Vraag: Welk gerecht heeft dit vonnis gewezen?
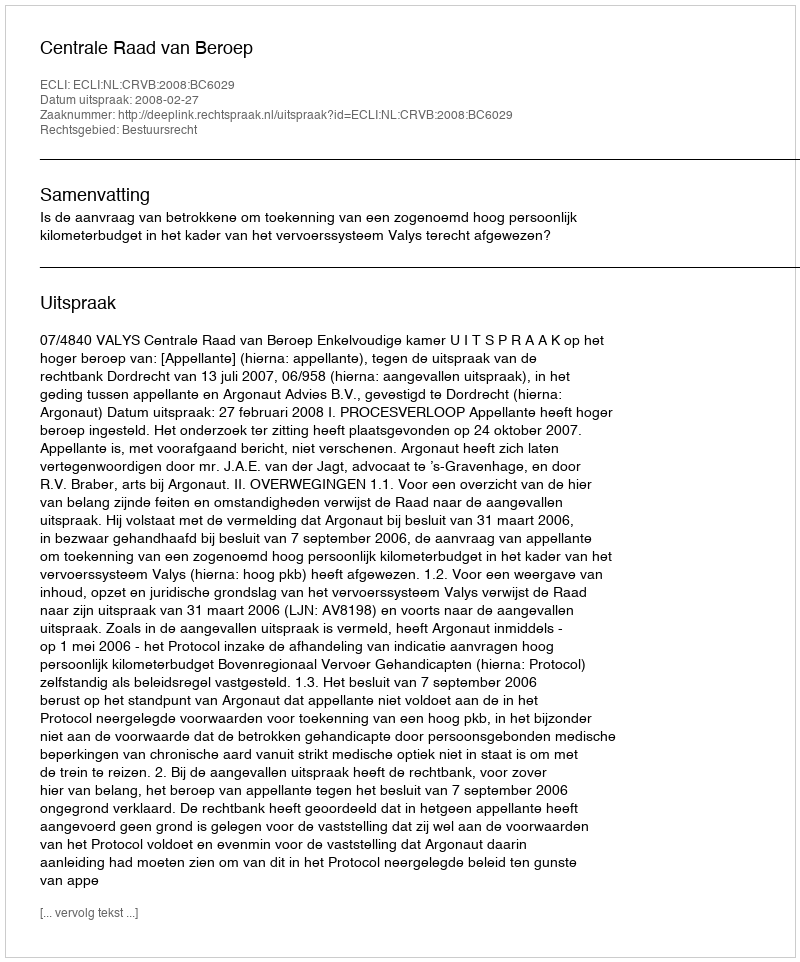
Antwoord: Centrale Raad van Beroep